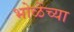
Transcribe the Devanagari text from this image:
भोळेंच्या